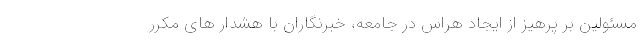
مسئولین بر پرهیز از ایجاد هراس در جامعه، خبرنگاران با هشدار های مکرر